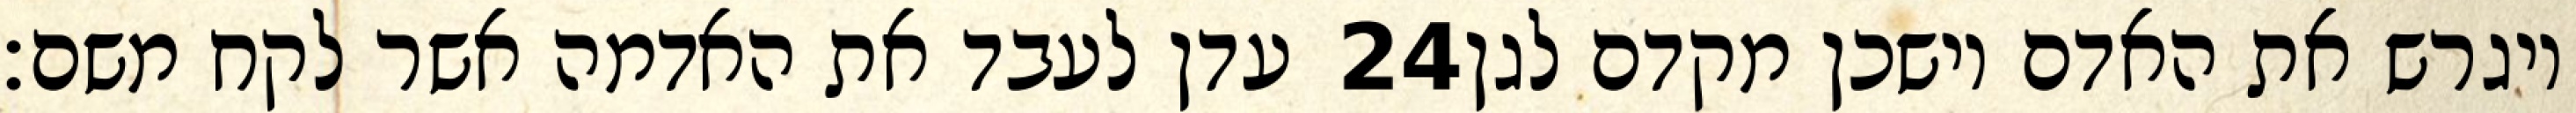
עדן לעבד את האדמה אשר לקח משם׃ ‎24‏ ויגרש את האדם וישכן מקדם לגן